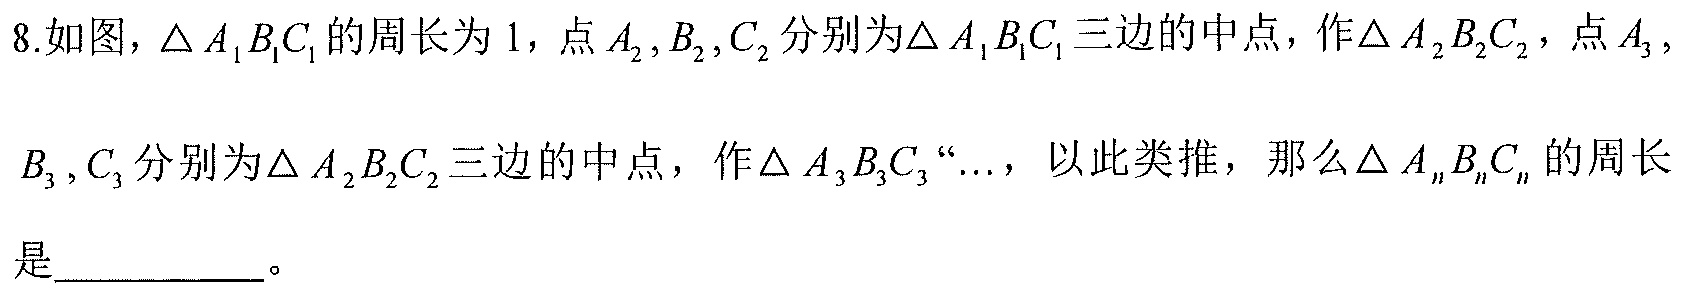
8.如图，$\triangle A_{1}B_{1}C_{1}$的周长为$1$，点$A_{2},B_{2},C_{2}$分别为$\triangle A_{1}B_{1}C_{1}$三边的中点，作$\triangle A_{2}B_{2}C_{2}$，点$A_{3},$
$B_{3},C_{3}$分别为$\triangle A_{2}B_{2}C_{2}$三边的中点，作$\triangle A_{3}B_{3}C_{3}$“…，以此类推，那么$\triangle A_{n}B_{n}C_{n}$的周长是  。